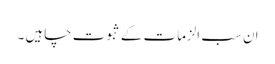
ان سب الزمات کے ثبوت چاہیں ۔